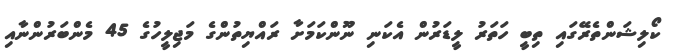
ކޯލިޝަންތެރޭގައި ތިބީ ހަތަރު ލީޑަރުން އެކަނި ނޫންކަމަށާ ރައްޔިތުންގެ މަޖިލީހުގެ 45 މެންބަރުންނާއި